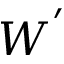
W ^ { ' }